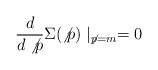
\begin{align*}\frac{d}{d\not{p}}\Sigma (\not{p})\mid _{\not{p}=m}=0 \end{align*}